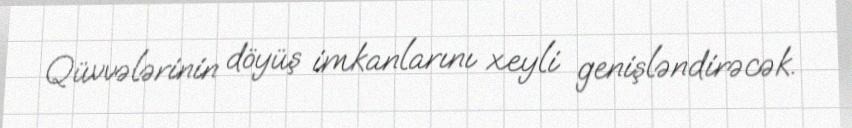
Qüvvələrinin döyüş imkanlarını xeyli genişləndirəcək.